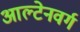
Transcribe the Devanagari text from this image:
आल्टेनवर्ग